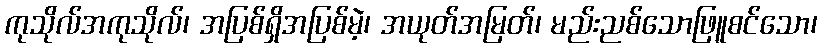
ကုသိုလ်အကုသိုလ်၊ အပြစ်ရှိအပြစ်မဲ့၊ အယုတ်အမြတ်၊ မည်းညစ်သောဖြူစင်သော၊